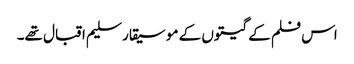
اس فلم کے گیتوں کے موسیقار سلیم اقبال تھے۔